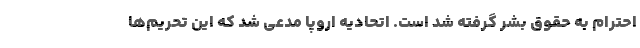
احترام به حقوق بشر گرفته شد است. اتحادیه اروپا مدعی شد که این تحریم‌ها